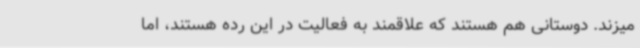
میزند. دوستانی هم هستند که علاقمند به فعالیت در این رده هستند، اما